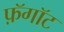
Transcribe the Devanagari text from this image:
फ़ॅगॉट